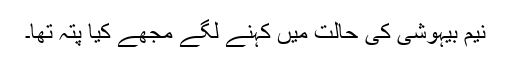
نیم بیہوشی کی حالت میں کہنے لگے مجھے کیا پتہ تھا۔